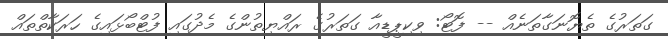
ގަތަރުގެ ތެޔޮނަގާތަނެއް -- ފޮޓޯ: ވިކިޕީޑީއާ ގަތަރުގެ ރައްޔިތުންގެ މެދުގައި ފުޓްބޯޅައިގެ ހަރަކާތްތައް